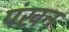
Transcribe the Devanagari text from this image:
पंखन